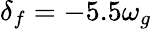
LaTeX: \delta_{f}=-5.5\omega_{g}